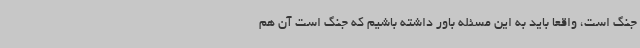
جنگ است، واقعاً باید به این مسئله باور داشته باشیم که جنگ است آن هم